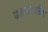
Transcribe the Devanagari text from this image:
फलनाकरिता